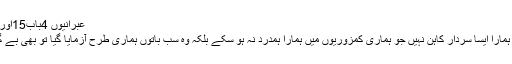
عبرانیوں 4باب15اور16آیت:
”کیونکہ ہمارا ایسا سردار کاہن نہیں جو ہماری کمزوریوں میں ہمارا ہمدرد نہ ہو سکے بلکہ وہ سب باتوں ہماری طرح آزمایا گیا تو بھی بے گناہ رہا ۔